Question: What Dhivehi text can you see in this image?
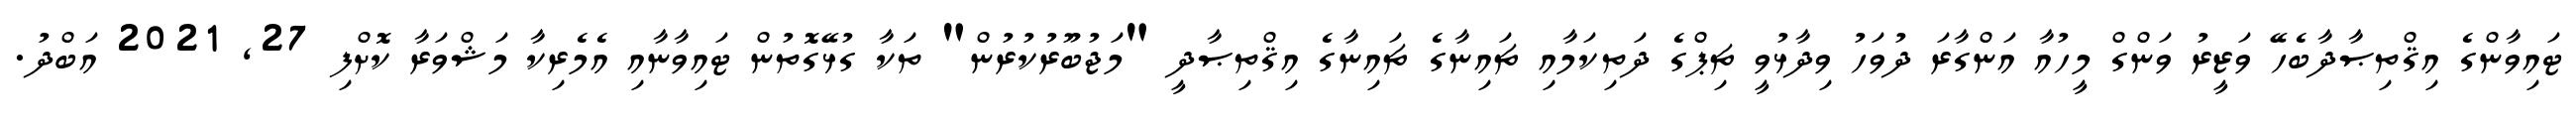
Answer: ޓައިވާންގެ އިޤްތިޞާދާބެހޭ ވަޒީރު ވަންގް މީހުއާ އަންގާރަ ދުވަހު ވިދާޅުވީ ޗިޕްގެ ދަތިކަމާއި ޗައިނާގެ ޗައިނާގެ އިޤްތިޞާދީ "މަޖުބޫރުކުރުން" ތަކާ ގުޅޭގޮތުން ޓައިވާނާއި އެމެރިކާ މަޝްވަރާ ކޮށްފި 27, 2021 އަބްދު.